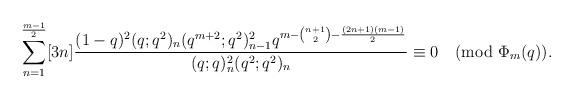
LaTeX: \begin{align*}\sum_{n=1}^{\frac{m-1}{2}}[3n]\frac{(1-q)^2(q;q^2)_{n}(q^{m+2};q^2)_{n-1}^2 q^{m-{n+1\choose 2}-\frac{(2n+1)(m-1)}{2}} }{(q;q)_{n}^2 (q^2;q^2)_{n}}\equiv 0\pmod{\Phi_m(q)}. \end{align*}